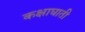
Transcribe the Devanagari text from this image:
कक्षाघाती